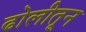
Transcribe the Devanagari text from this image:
ढोलीतून